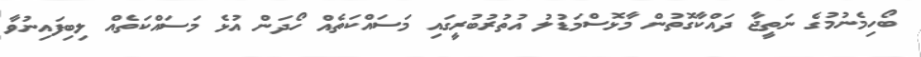
ބޯހިމެނުމުގެ ނަތީޖާ ދައްކާގޮތުން މާޅޮސްމަޑުލު އުތުރުބުރީގައި މަސައްކަތެއް ހޯދަން އުޅެ މަސައްކަތެއް ލިބިފައިނުވާ